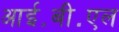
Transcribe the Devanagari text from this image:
आई॰बी॰एल